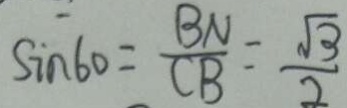
\sin 6 0 = \frac { B N } { C B } = \frac { \sqrt { 3 } } { 2 }